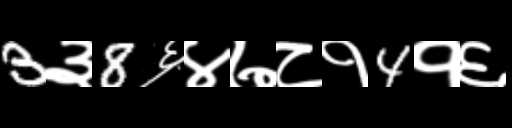
Text: 3३8६४७८१4१६